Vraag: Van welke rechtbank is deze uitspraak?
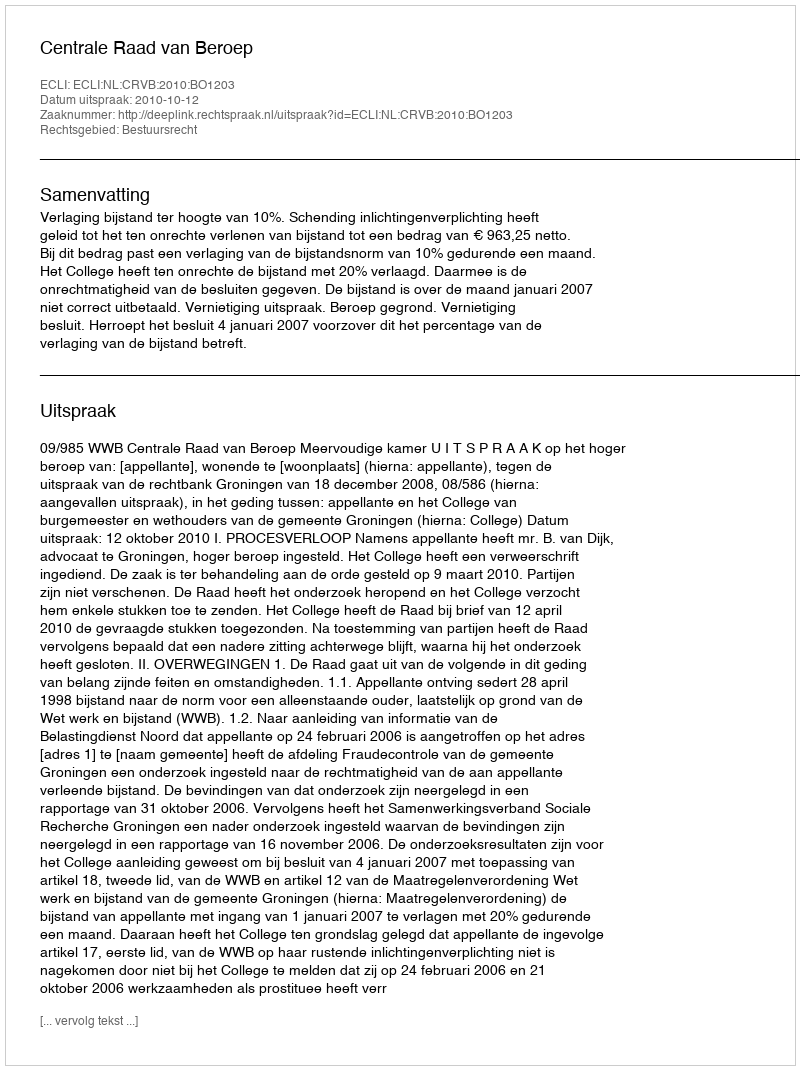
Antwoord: Centrale Raad van Beroep